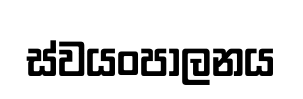
ස්වයංපාලනය